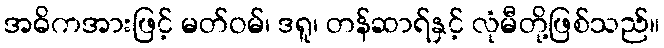
အဓိကအားဖြင့် မတ်ဝမ်၊ ဒရူ၊ တန်ဆာရ်နှင့် လုံမီတို့ဖြစ်သည်။